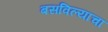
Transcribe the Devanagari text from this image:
बसविल्याचा